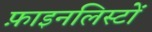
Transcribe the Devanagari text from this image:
फ़ाइनलिस्टों